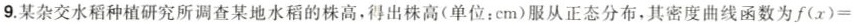
9.某杂交水稻种植研究所调查某地水稻的株高，得出株高(单位：cm)服从正态分布，其密度曲线函数为f(x)=